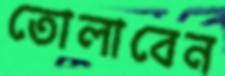
তোলাবেন